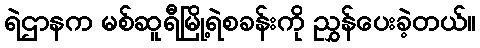
ရဲဌာနက မစ်ဆူရီမြို့ရဲစခန်းကို ညွှန်ပေးခဲ့တယ်။